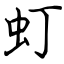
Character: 虰